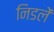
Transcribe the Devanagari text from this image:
निडलें